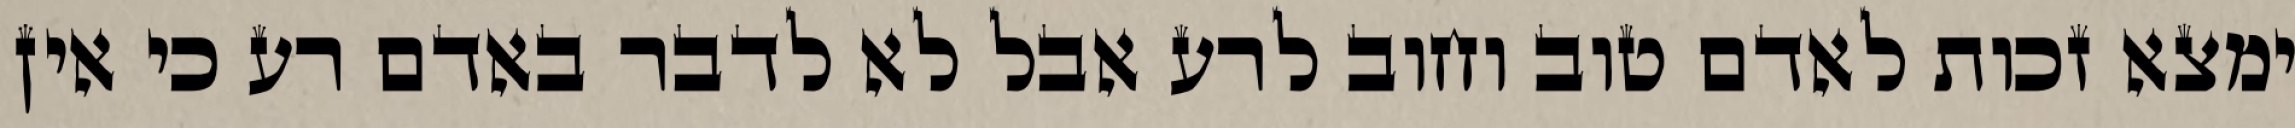
ימצא זכות לאדם טוב וחוב לרע אבל לא לדבר באדם רע כי אין